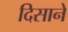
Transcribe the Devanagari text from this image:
दिसाने